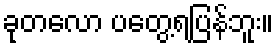
ခုတလော ပတွေ့ရပြန်ဘူး။